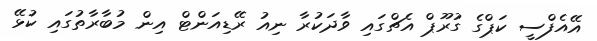
އޭއެފްސީ ކަޕްގެ ގުރޫޕް އެޗްގައި ވާދަކުރާ ނިއު ރޭޑިއަންޓް އިން މުބާރާތުގައި ކުޅޭ